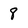
Character: 8